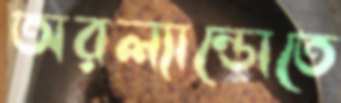
অরল্যান্ডোতে